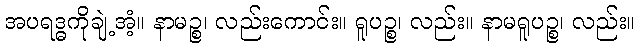
အပရဒ္ဓကိုချဲ့အံ့။ နာမဉ္စ၊ လည်းကောင်း။ ရူပဉ္စ၊ လည်း။ နာမရူပဉ္စ၊ လည်း။